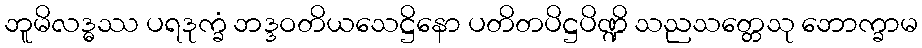
ဘူမိလဒ္ဓဿ ပရဒုက္ခံ ဘဒ္ဒဝတိယသေဋ္ဌိနော ပတိတပိဋ္ဌပိဏ္ဍိ သညသတ္တေသု ဘောက္ခာမ